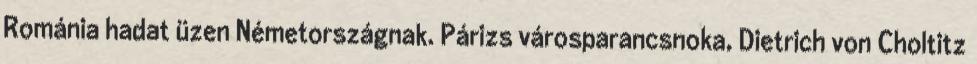
Románia hadat üzen Németországnak. Párizs városparancsnoka, Dietrich von Choltitz